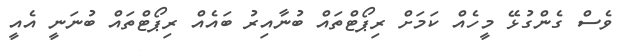
ވެސް ގެންގުޅޭ މީހެއް ކަމަށް ރިޕޯޓްތައް ބުނާއިރު ބައެއް ރިޕޯޓްތައް ބުނަނީ އެއީ